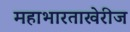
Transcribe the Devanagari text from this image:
महाभारताखेरीज